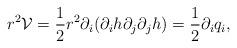
LaTeX: \begin{align*}r^{2}{\mathcal{V}}=\frac{1}{2}r^{2}\partial_{i}(\partial_{i}h\partial_{j}\partial_{j}h)=\frac{1}{2}\partial_{i}q_{i},\end{align*}